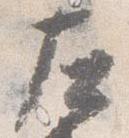
左